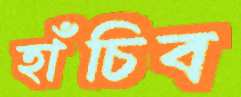
হাঁচিব